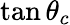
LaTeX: \tan{\theta_{c}}